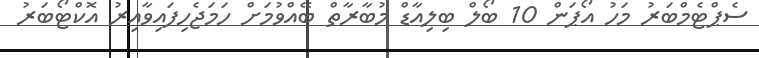
ސެޕްޓެމްބަރު މަހު އޯޕަން 10 ބޯލް ބިލިއާޑް މުބާރާތް ބޭއްވުމަށް ހަމަޖެހިފައިވާއިރު އޮކްޓޯބަރު